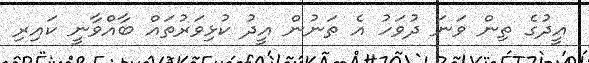
އީދުގެ ތިން ވަނަ ދުވަހު އެ ތަނުން އީދު ކުޅިވަރުތައް ބާއްވާނީ ކައިރި